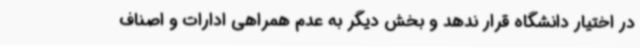
در اختیار دانشگاه قرار ندهد و بخش دیگر به عدم همراهی ادارات و اصناف